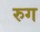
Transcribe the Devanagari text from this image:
रुग